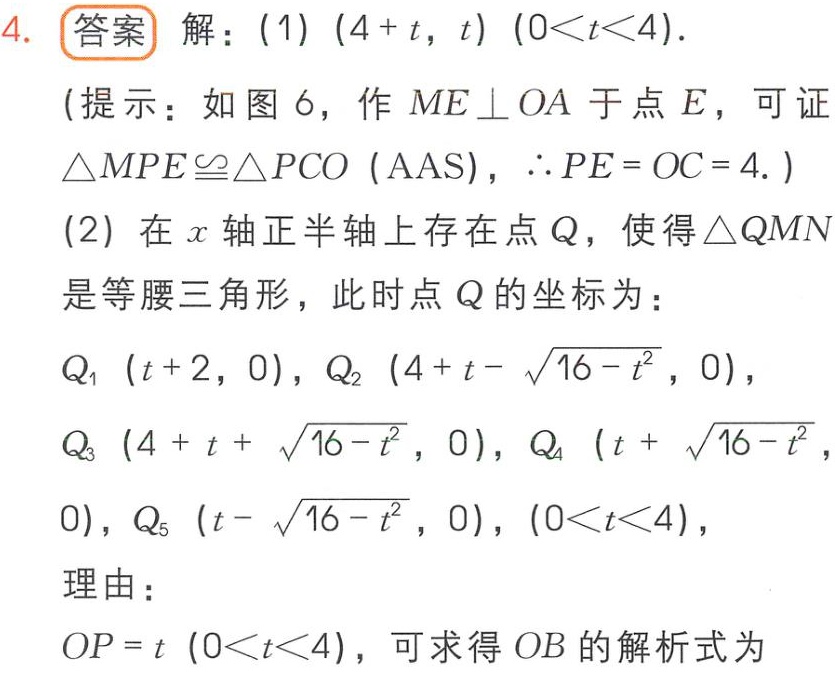
4. 答案 解：(1) \((4 + t, t)\) \((0<t<4)\).

(提示：如图 6，作 \(ME\perp OA\) 于点 \(E\)，可证 \(\triangle MPE\cong\triangle PCO\) (AAS)，\(\therefore PE = OC = 4\).)

(2) 在 \(x\) 轴正半轴上存在点 \(Q\)，使得 \(\triangle QMN\) 是等腰三角形，此时点 \(Q\) 的坐标为：

\(Q_1\ (t + 2, 0)\)，\(Q_2\ (4 + t - \sqrt{16 - t^{2}}, 0)\)，

\(Q_3\ (4 + t + \sqrt{16 - t^{2}}, 0)\)，\(Q_4\ (t + \sqrt{16 - t^{2}}, 0)\)，

\(Q_5\ (t - \sqrt{16 - t^{2}}, 0)\)，\((0<t<4)\)，

理由：

\(OP = t\) \((0<t<4)\)，可求得 \(OB\) 的解析式为